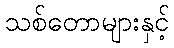
သစ်တောများနှင့်